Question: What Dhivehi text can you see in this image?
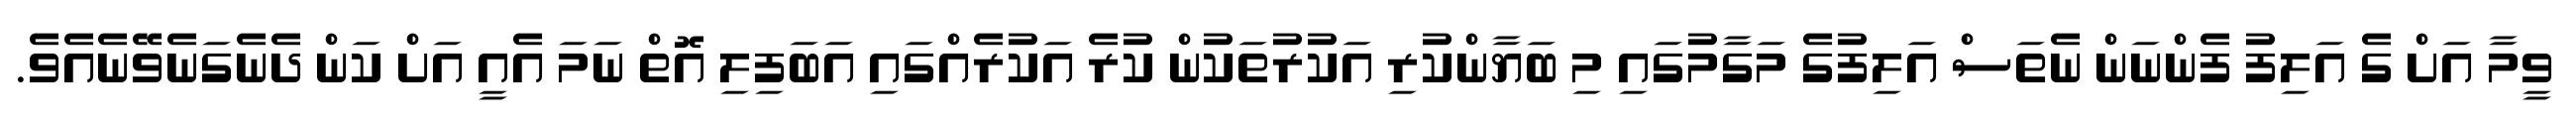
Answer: ވީމާ އަށް ގެ އަލިފު ފެންނަން ނެތަސް އަލިފުގެ މަގާމުގައި މި ބަޔާންކުރި އަކުރުތަކުން ކުރެ އަކުރެއްގައި އަބަފިލި އޮތް ނަމަ އެއީ އަށް ކަން ދެނެގަނެވޭނެއެވެ.